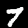
Label: 7